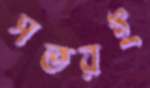
সতরই